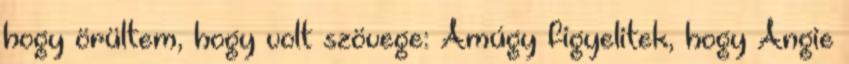
hogy örültem, hogy volt szövege: Amúgy figyelitek, hogy Angie